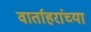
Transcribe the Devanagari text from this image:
वार्ताहरांच्या